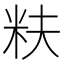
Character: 𬖐